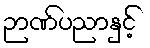
ဉာဏ်ပညာနှင့်